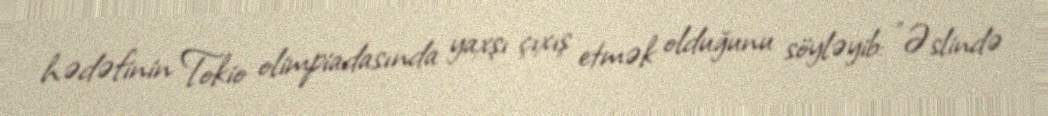
hədəfinin Tokio olimpiadasında yaxşı çıxış etmək olduğunu söyləyib: "Əslində